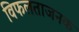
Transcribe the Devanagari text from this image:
विफलताजनक